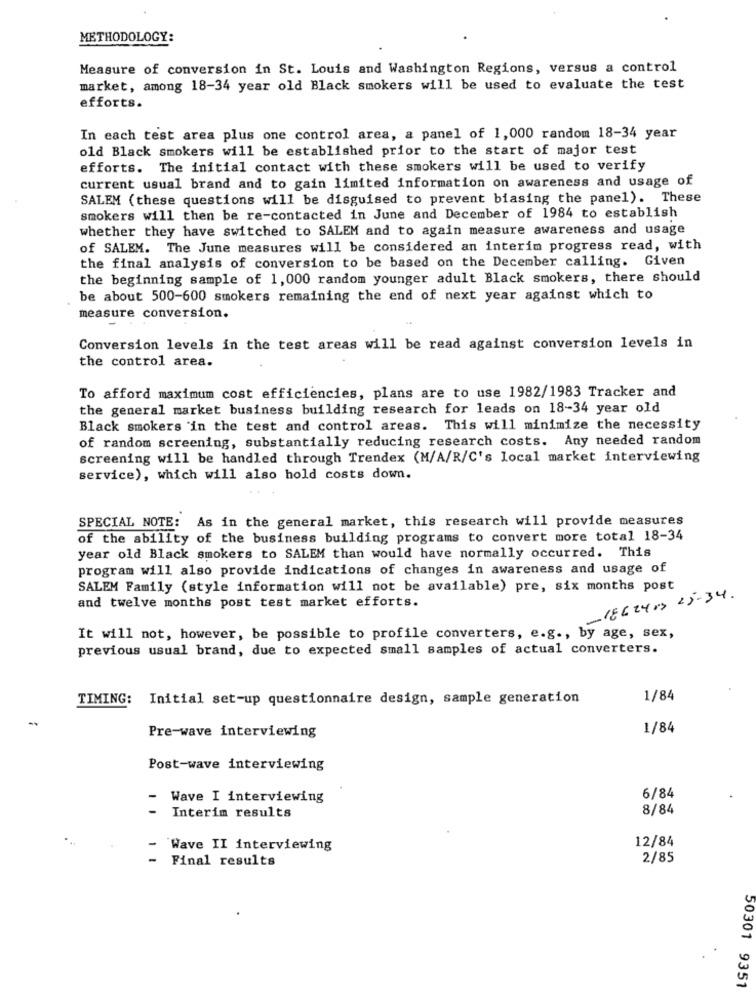
METHODOLOGY:
Measure of conversion in St. Louis and Washington Regions, versus a control
market, among 18-34 year old Black smokers will be used to evaluate the test
efforts.
In each test area plus one control area, a panel of 1, 000 random 18-34 year
old Black smokers will be established prior to the start of major test
efforts. The initial contact with these smokers will be used to verify
current usual brand and to gain limited information on awareness and usage of
SALEM (these questions will be disguised to prevent biasing the panel). These
smokers will then be re-contacted in June and December of 1984 to establish
whether they have switched to SALEM and to again measure awareness and usage
of SALEM. The June measures will be considered an interim progress read, with
the final analysis of conversion to be based on the December calling. Given
the beginning sample of 1, 000 random younger adult Black smokers, there should
be about 500-600 smokers remaining the end of next year against which to
measure conversion.
Conversion levels in the test areas will be read against conversion levels in
the control area.
To afford maximum cost efficiencies, plans are to use 1982/1983 Tracker and
the general market business building research for leads on 18-34 year old
Black smokers 'in the test and control areas. This will minimize the necessity
of random screening, substantially reducing research costs. Any needed random
screening will be handled through Trendex (M/A/R/C's local market interviewing
service), which will also hold costs down.
SPECIAL NOTE: As in the general market, this research will provide measures
of the ability of the business building programs to convert more total 18-34
year old Black smokers to SALEM than would have normally occurred. This
program will also provide indications of changes in awareness and usage of
SALEM Family (style information will not be available) pre, six months post
-18624 13 25-34.
and twelve months post test market efforts.
It will not, however, be possible to profile converters, e.g ., by age, sex,
previous usual brand, due to expected small samples of actual converters.
TIMING: Initial set-up questionnaire design, sample generation
1/84
Pre-wave interviewing
1/84
Post-wave interviewing
- Wave I interviewing
6/84
-
Interim results
8/84
12/84
Wave II interviewing
Final results
2/85
50301 9351